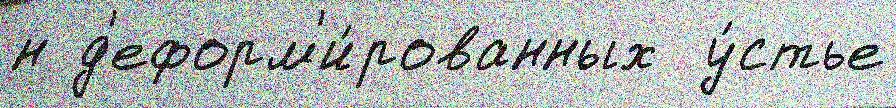
н д'еформ'и́рованных  у́стье